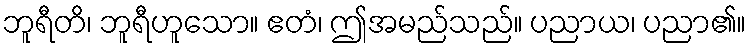
ဘူရီတိ၊ ဘူရီဟူသော။ ဧတံ၊ ဤအမည်သည်။ ပညာယ၊ ပညာ၏။